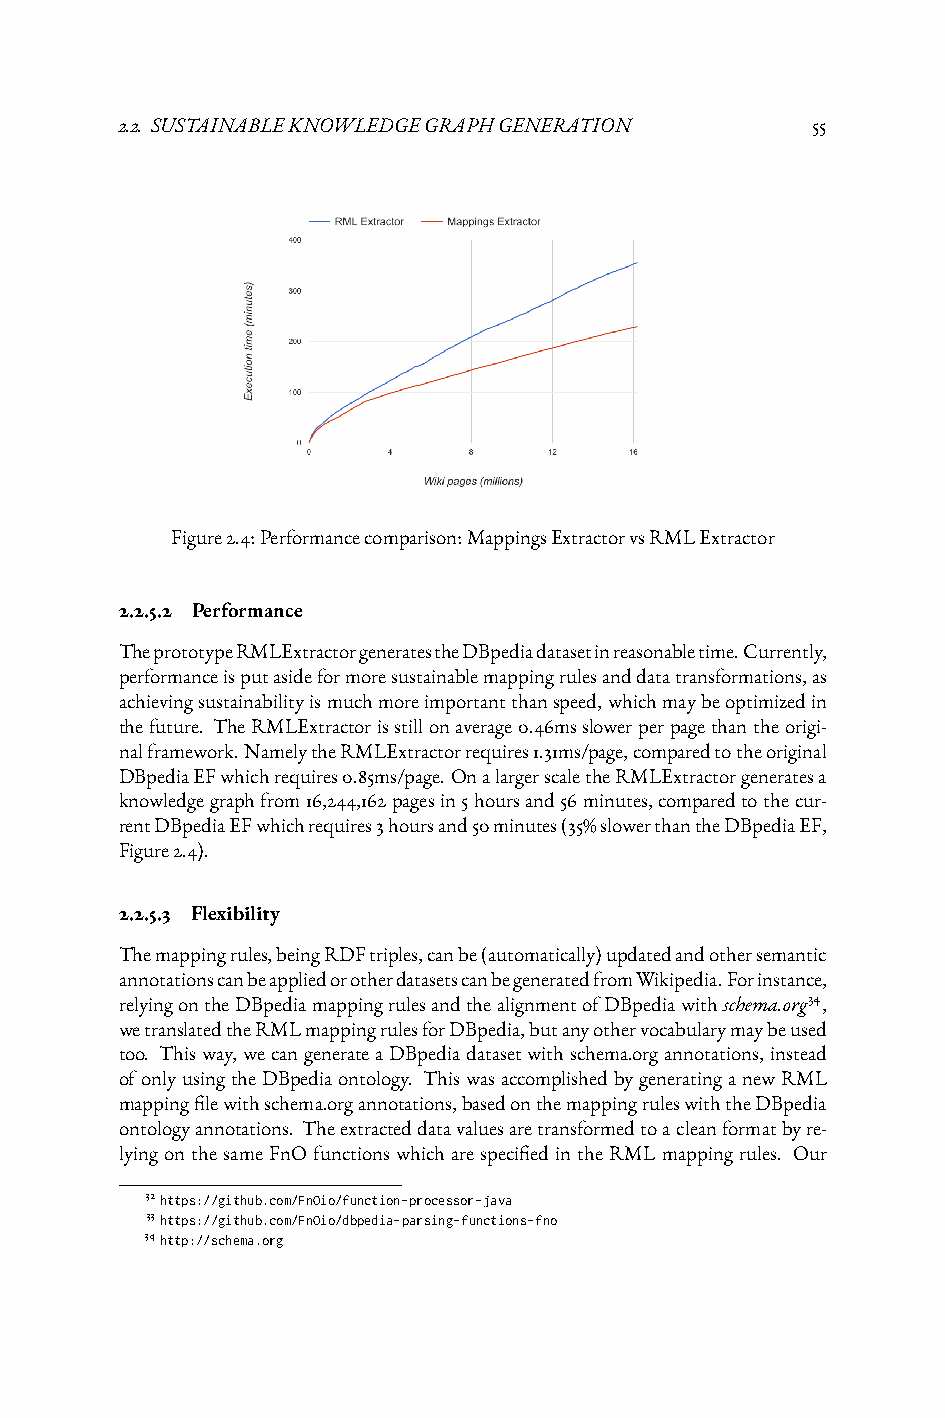
2.2. SUSTAINABLEKNOWLEDGEGRAPHGENERATION      55
 Figure2.4:Performancecomparison:MappingsExtractorvsRMLExtractor
 2.2.5.2 Performance
 TheprototypeRMLExtractorgeneratestheDBpediadatasetinreasonabletime.Currently,
 performanceisputasideformoresustainablemappingrulesanddatatransformations,as
 achievingsustainabilityismuchmoreimportantthanspeed,whichmaybeoptimizedin
 thefuture. TheRMLExtractorisstillonaverage0.46msslowerperpagethantheorigi-
 nalframework.NamelytheRMLExtractorrequires1.31ms/page,comparedtotheoriginal
 DBpediaEFwhichrequires0.85ms/page. OnalargerscaletheRMLExtractorgeneratesa
 knowledgegraphfrom16,244,162pagesin5hoursand56minutes,comparedtothecur-
 rentDBpediaEFwhichrequires3hoursand50minutes(35%slowerthantheDBpediaEF,
 Figure2.4).
 2.2.5.3 Flexibility
 Themappingrules,beingRDFtriples,canbe(automatically)updatedandothersemantic
 annotationscanbeappliedorotherdatasetscanbegeneratedfromWikipedia.Forinstance,
 relyingontheDBpediamappingrulesandthealignmentofDBpediawithschema.org34,
 wetranslatedtheRMLmappingrulesforDBpedia,butanyothervocabularymaybeused
 too. Thisway, wecangenerateaDBpediadatasetwithschema.organnotations, instead
 ofonlyusingtheDBpediaontology. ThiswasaccomplishedbygeneratinganewRML
 mappingfilewithschema.organnotations,basedonthemappingruleswiththeDBpedia
 ontologyannotations. Theextracteddatavaluesaretransformedtoacleanformatbyre-
 lying on the same FnO functions which are specified in the RML mapping rules. Our
 32https://github.com/FnOio/function-processor-java
 33https://github.com/FnOio/dbpedia-parsing-functions-fno
 34http://schema.org